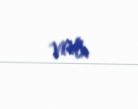
var.